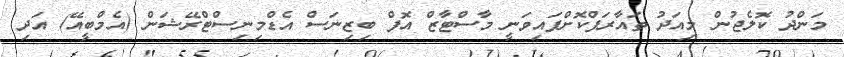
މަންދު ކޮލެޖުން މިއަދު ތައާރަފްކޮށްފައިވަނީ މާސްޓާޒް އޮފް ބިޒިނަސް އެޑްމިނިސްޓްރޭޝަން (އެމްބީއޭ) އަދި